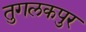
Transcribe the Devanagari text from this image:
तुगलकपुर